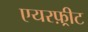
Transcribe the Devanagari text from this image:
एयरफ़्रीट